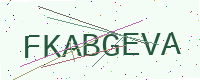
Text: FKABGEVA